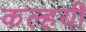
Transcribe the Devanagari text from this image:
कल्हयी